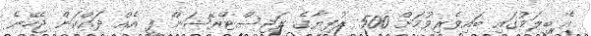
އެ ބީލަމުގައި ބައިވެރިވުމަށް 500 ރުފިޔާގެ ރަޖިސްޓްރޭޝަން ފީ އެއް ދައްކަން ޖެހޭނެ